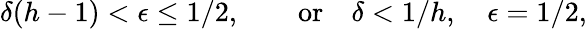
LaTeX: \delta(h-1)<\epsilon\leq 1/2,\qquad\mathrm{or}\quad\delta<1/h,\quad\epsilon=1/2,